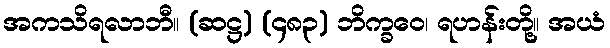
အကသိရလာဘီ။ (ဆဋ္ဌ) (၄၈၃) ဘိက္ခဝေ၊ ရဟန်းတို့။ အယံ